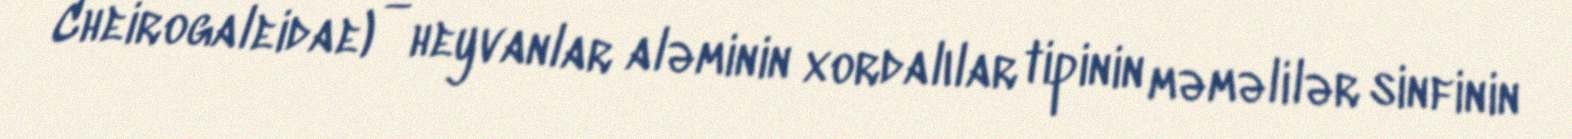
Cheirogaleidae) — heyvanlar aləminin xordalılar tipinin məməlilər sinfinin